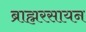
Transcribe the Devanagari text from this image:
ब्राह्मरसायन